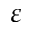
\varepsilon